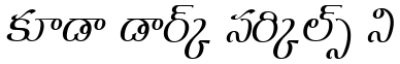
కూడా డార్క్ సర్కిల్స్ ని